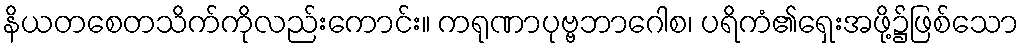
နိယတစေတသိက်ကိုလည်းကောင်း။ ကရုဏာပုဗ္ဗဘာဂေါစ၊ ပရိကံ၏ရှေးအဖို့၌ဖြစ်သော